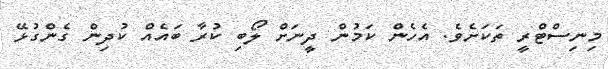
މިނިސްޓްރީ ތަކަށެވެ. އެހެން ކަމުން ދީނަށް ލޯބި ކުރާ ބައެއް ކުދިން ގެންގުޅޭ